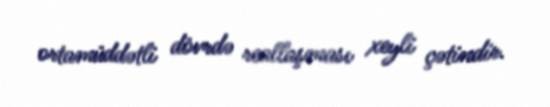
ortamüddətli dövrdə reallaşması xeyli çətindir.